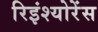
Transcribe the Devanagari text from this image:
रिइंश्योरेंस